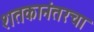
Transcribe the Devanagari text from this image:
शतकानंतरचा